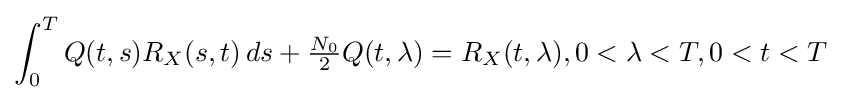
\int _{0}^{T}Q(t,s)R_{X}(s,t)\,ds+{\tfrac {N_{0}}{2}}Q(t,\lambda )=R_{X}(t,\lambda ),0<\lambda <T,0<t<T